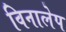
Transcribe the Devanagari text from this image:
विनालेप